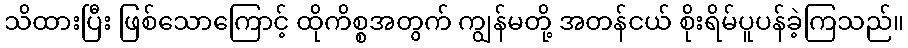
သိထားပြီး ဖြစ်သောကြောင့် ထိုကိစ္စအတွက် ကျွန်မတို့ အတန်ငယ် စိုးရိမ်ပူပန်ခဲ့ကြသည်။